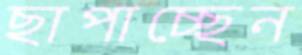
ছাপাচ্ছেন